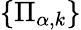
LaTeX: \{ \Pi_{\alpha,k}\}